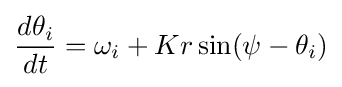
{\frac {d\theta _{i}}{dt}}=\omega _{i}+Kr\sin(\psi -\theta _{i})